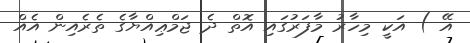
އޭ ) އަކީ މިހާރު މާފަރުގައި އޮތް ދެ ޖަމްޢިއްޔާގެ ތެރެއިން އެއް